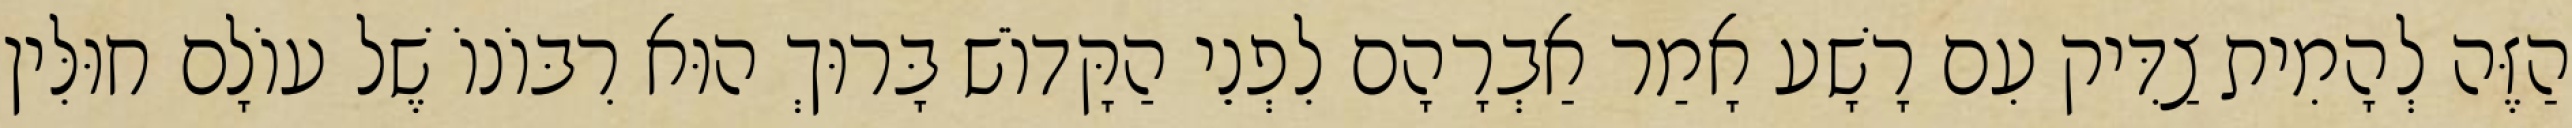
הַזֶּה לְהָמִית צַדִּיק עִם רָשָׁע אָמַר אַבְרָהָם לִפְנֵי הַקָּדוֹשׁ בָּרוּךְ הוּא רִבּוֹנוֹ שֶׁל עוֹלָם חוּלִּין